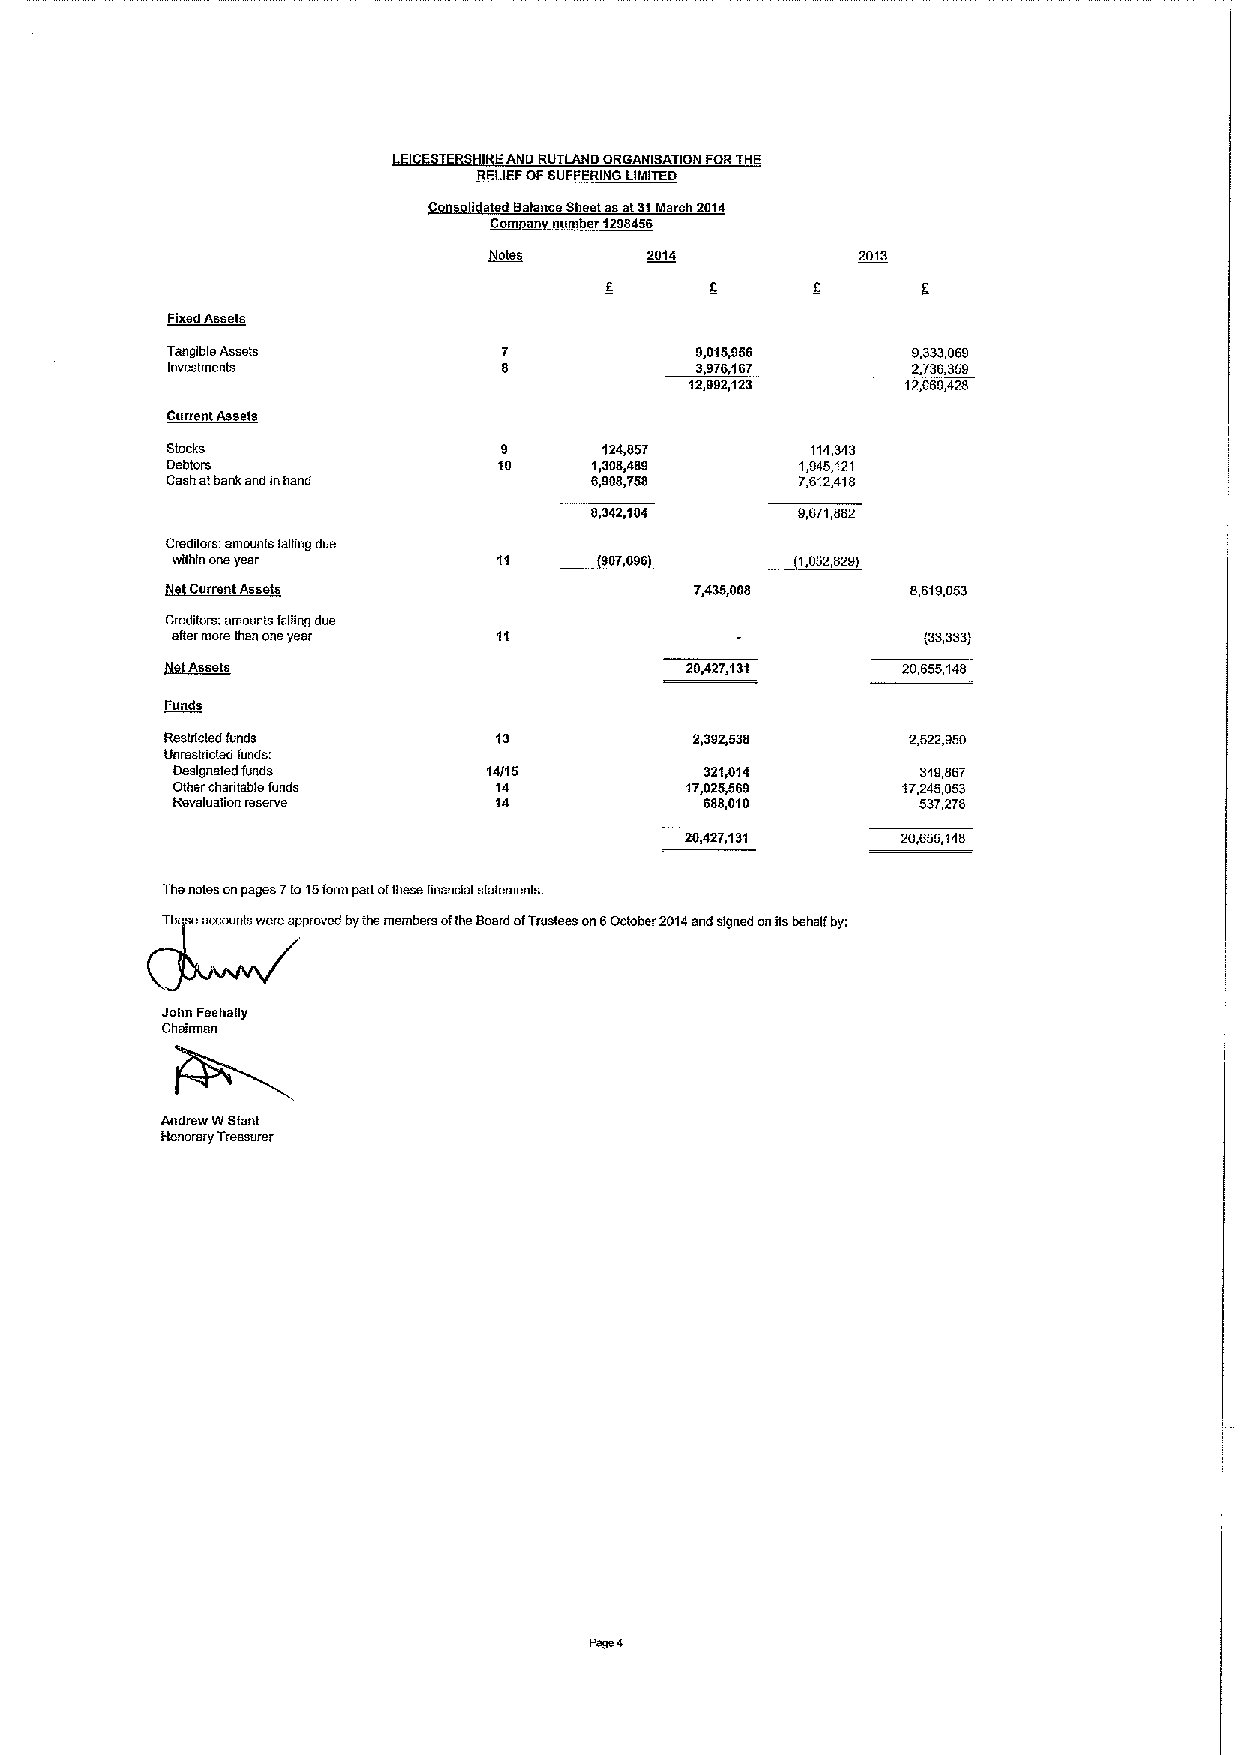
LEICESTERSHIRE AND RUTLAND ORGANISATION FOR THE
 RELIEF OF SUFFERING LIMITED
 Consolidated Balance Sheet as at 31 March 2014
 Company number 1298466
 Notes      2014          2013
 Fixed Assets
 Tangible Assets       7            9,015,956     9,333,069
 Investments           8            3,976,167     2736,359
 12,992,123    12,069,428
 Current Assets
 Stocks                9      124,857       114,343
 Debtors               10    1,308,489     1,945,121
 Cash at bank and in hand    6,908,758     7,612,418
 8,342104      9,671,882
 Creditors: amounts falling due
 within one year       11    (907,096)     (1,052,829)
 Net Current Assets                 7,435,008     8,619,053
 Creditors: amounts falling due
 after more than one year 11                       (33,333)
 Net Assets                        20,427,131     20,655,148
 Funds
 Restricted funds      13           2,392,538     2,522,950
 Unrestricted funds:
 Designated funds     14/15          321,014       349,867
 Other charitable funds 14         17,025,569     17,245,053
 Revaluation reserve   14            688,010       537,278
 20,427,131     20,655,148
 The notes on pages 7 to 15 form part of these financial statements.
 Th se accounts were approved by the members of the Board of Trustees on 6 October 2014 and signed on its behalf by:
 John Feehally
 Chairman
 Andrew W Stant
 Honorary Treasurer
 Page 4